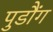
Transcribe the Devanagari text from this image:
पुडौंग